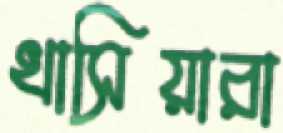
খাসিয়ারা